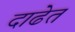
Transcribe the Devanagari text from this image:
दाढेत